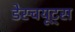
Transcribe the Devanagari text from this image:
डेस्चयूट्स